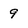
Character: 9